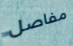
مفاصل